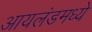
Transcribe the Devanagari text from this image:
आयलंडमध्ये